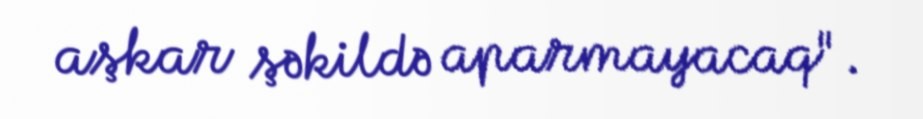
aşkar şəkildə aparmayacaq".